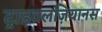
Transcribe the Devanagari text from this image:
ट्राइवलज़ियानस